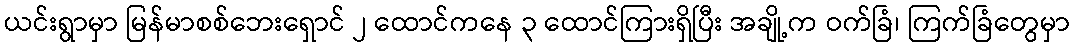
ယင်းရွာမှာ မြန်မာစစ်ဘေးရှောင် ၂ ထောင်ကနေ ၃ ထောင်ကြားရှိပြီး အချို့က ဝက်ခြံ၊ ကြက်ခြံတွေမှာ